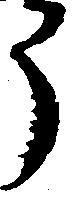
う